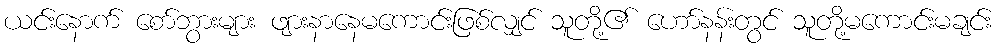
ယင်းနောက် စော်ဘွားများ ဖျားနာနေမကောင်းဖြစ်လျှင် သူတို့၏ ဟော်နန်းတွင် သူတို့မကောင်းမချင်း